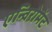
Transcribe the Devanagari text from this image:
एन्विरोमेंट